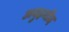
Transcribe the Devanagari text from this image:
अबुहमीद